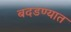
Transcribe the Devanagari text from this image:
बदडण्यात